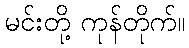
မင်းတို့ ကုန်တိုက်။